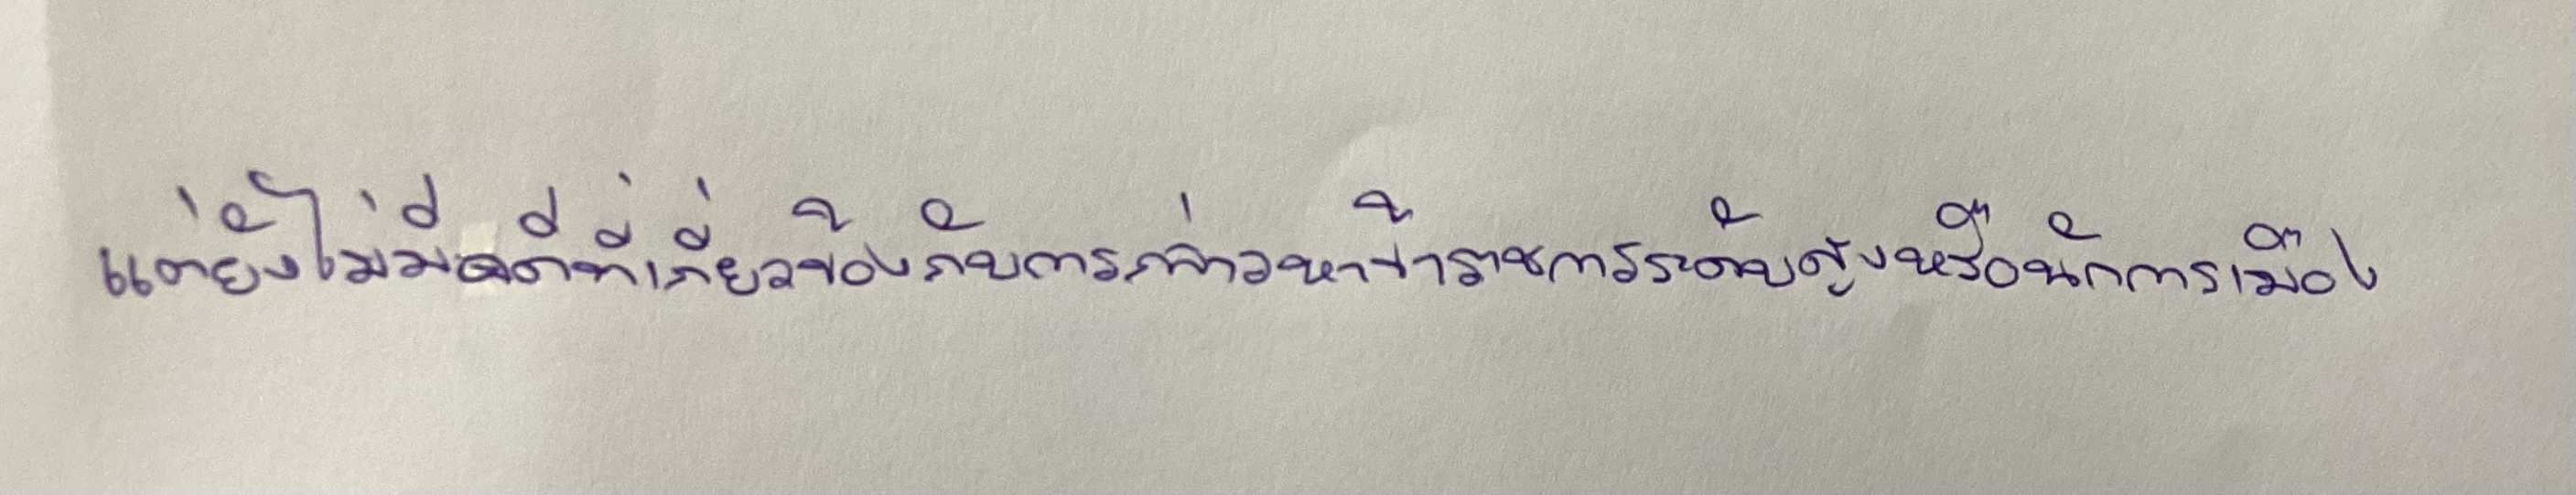
แต่ยังไม่มีคดีที่เกี่ยวข้องกับการกล่าวหาข้าราชการระดับสูงหรือนักการเมือง